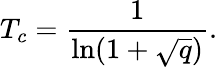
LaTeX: T_{c}=\frac{1}{\ln(1+\sqrt{q})}.